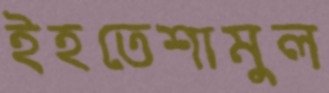
ইহতেশামুল